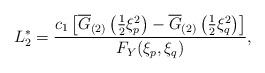
LaTeX: \begin{align*} L_{2}^{\ast}&=\frac{c_{1}\left[\overline{G}_{(2)}\left(\frac{1}{2}\xi_{p}^{2}\right)-\overline{G}_{(2)}\left(\frac{1}{2}\xi_{q}^{2}\right)\right]}{F_{Y}(\xi_{p},\xi_{q})},\end{align*}